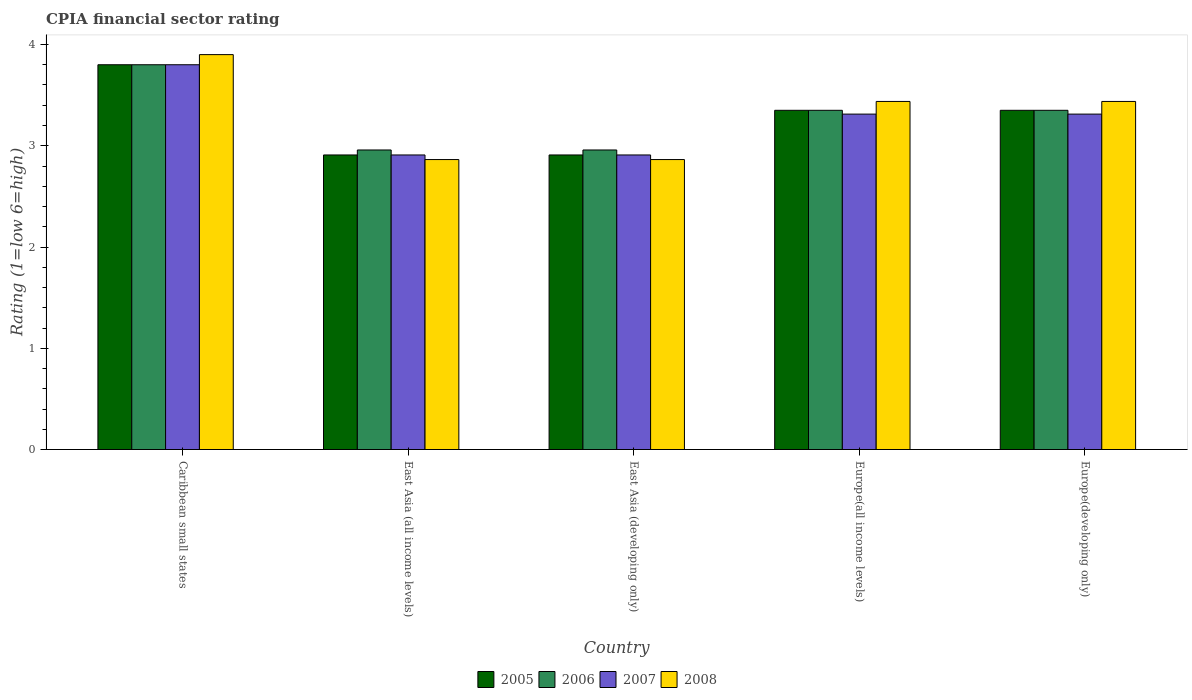
| Country | 2005 | 2006 | 2007 | 2008 |
 | --- | --- | --- | --- | --- |
 | Caribbean small states | 3.8 | 3.8 | 3.8 | 3.9 |
 | East Asia (all income levels) | 2.91 | 2.96 | 2.91 | 2.86 |
 | East Asia (developing only) | 2.91 | 2.96 | 2.91 | 2.86 |
 | Europe(all income levels) | 3.35 | 3.35 | 3.31 | 3.44 |
 | Europe(developing only) | 3.35 | 3.35 | 3.31 | 3.44 |